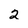
Character: 2